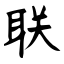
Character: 联